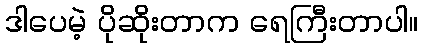
ဒါပေမဲ့ ပိုဆိုးတာက ရေကြီးတာပါ။